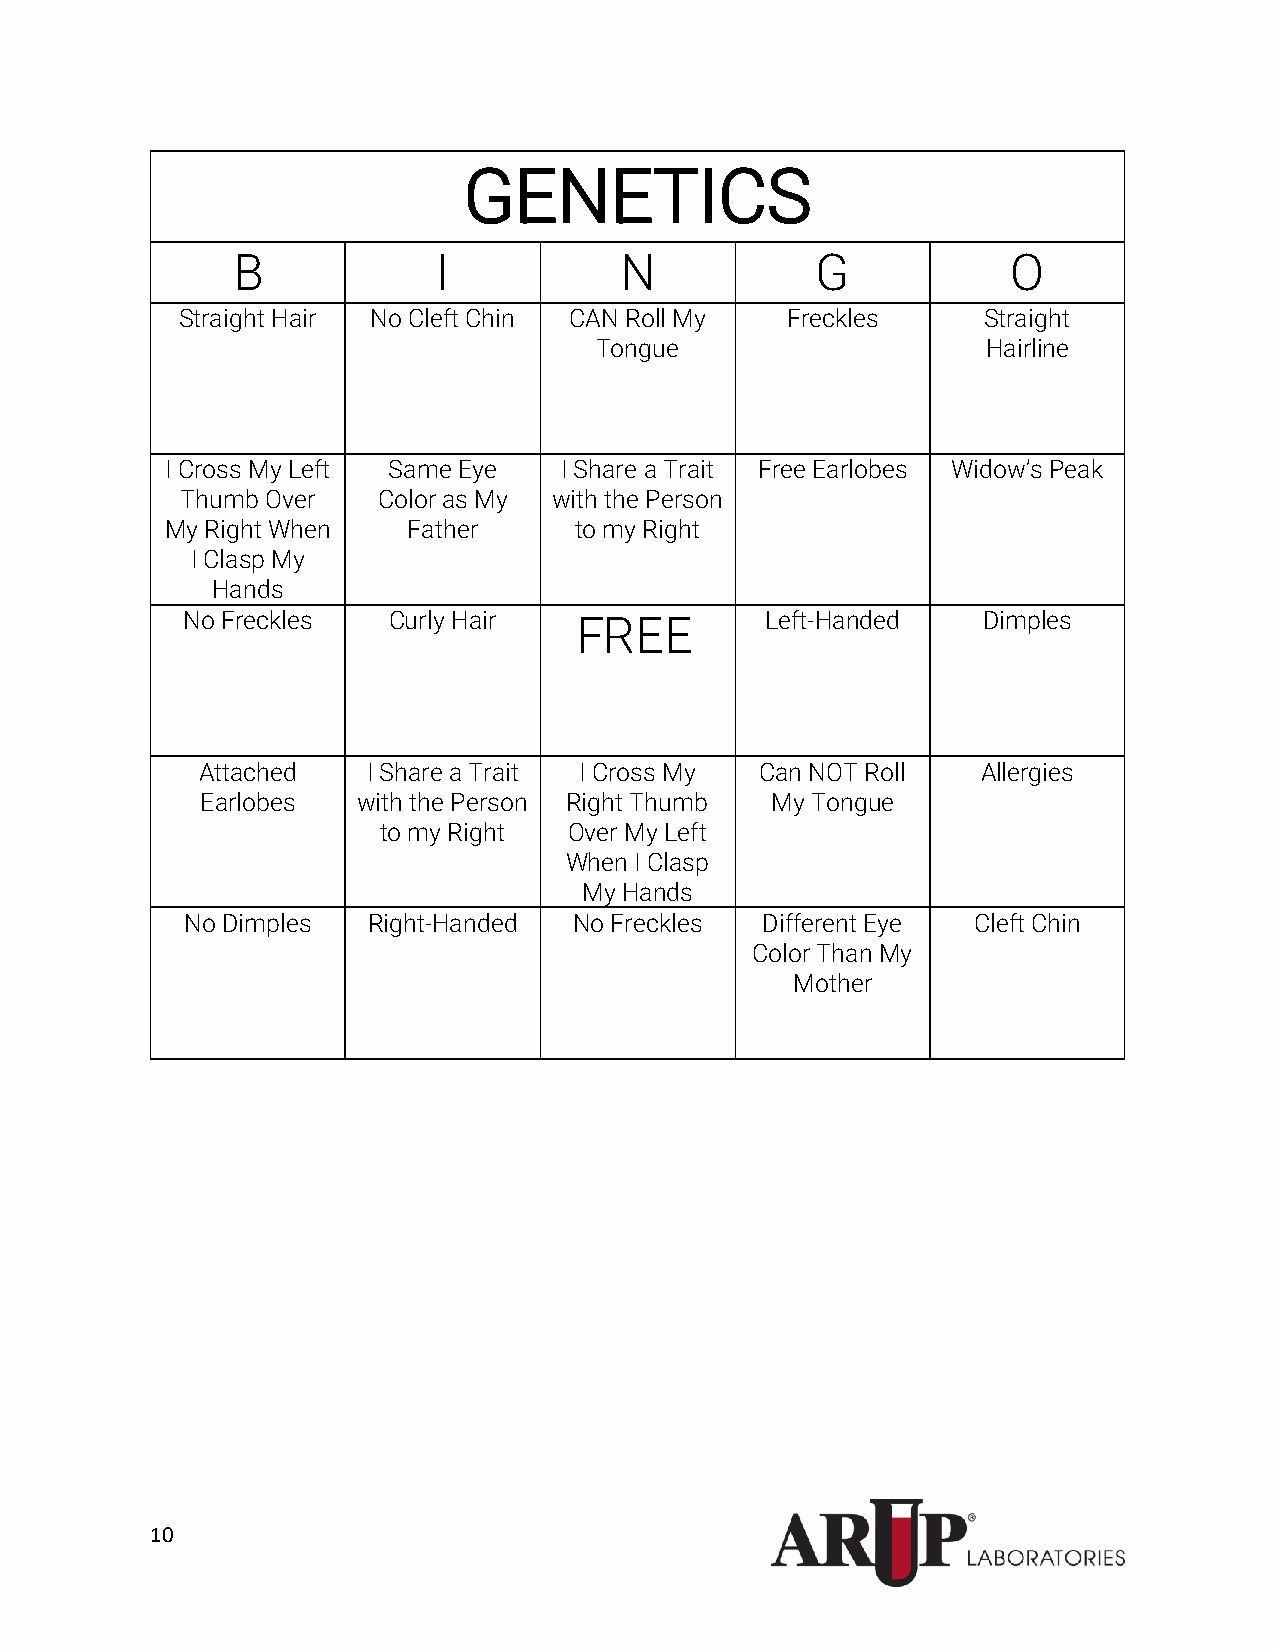
GENETICS
 B             I           N            G            O
 Straight Hair No Cleft Chin CAN Roll My Freckles     Straight
 Tongue                    Hairline
 I Cross My Left Same Eye  I Share a Trait Free Earlobes Widow’s Peak
 Thumb Over   Color as My with the Person
 My Right When   Father     to my Right
 I Clasp My
 Hands
 No Freckles   Curly Hair  FREE         Left-Handed   Dimples
 Attached   I Share a Trait I Cross My Can NOT Roll  Allergies
 Earlobes   with the Person Right Thumb My Tongue
 to my Right  Over My Left
 When I Clasp
 My Hands
 No Dimples  Right-Handed  No Freckles Different Eye Cleft Chin
 Color Than My
 Mother
 10